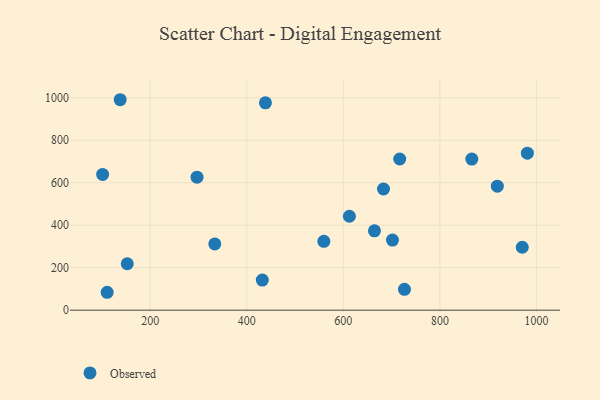
{"axis": {"x": "Ad Spend", "y": "Rating"}, "legend": ["Observed"], "data": [{"x": "981.2", "y": 739.3, "type": "Observed"}, {"x": "137.9", "y": 990.8, "type": "Observed"}, {"x": "297.0", "y": 626.3, "type": "Observed"}, {"x": "559.7", "y": 324.1, "type": "Observed"}, {"x": "716.8", "y": 711.7, "type": "Observed"}, {"x": "438.7", "y": 976.2, "type": "Observed"}, {"x": "701.8", "y": 330.1, "type": "Observed"}, {"x": "919.0", "y": 583.7, "type": "Observed"}, {"x": "726.6", "y": 98.0, "type": "Observed"}, {"x": "612.6", "y": 442.2, "type": "Observed"}, {"x": "970.6", "y": 296.2, "type": "Observed"}, {"x": "333.8", "y": 311.8, "type": "Observed"}, {"x": "432.2", "y": 141.6, "type": "Observed"}, {"x": "110.9", "y": 84.2, "type": "Observed"}, {"x": "683.2", "y": 570.5, "type": "Observed"}, {"x": "101.5", "y": 639.0, "type": "Observed"}, {"x": "664.5", "y": 373.4, "type": "Observed"}, {"x": "866.1", "y": 711.4, "type": "Observed"}, {"x": "152.5", "y": 218.5, "type": "Observed"}]}